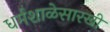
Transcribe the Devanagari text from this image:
धर्मशाळेसारखी